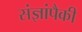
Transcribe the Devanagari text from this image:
संज्ञांपैकी